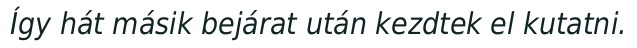
Így hát másik bejárat után kezdtek el kutatni.